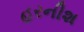
હરનીશ